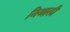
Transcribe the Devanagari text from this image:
निआली